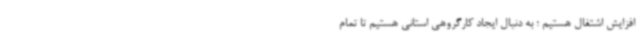
افزایش اشتغال هستیم ؛ به دنبال ایجاد کارگروهی استانی هستیم تا تمام